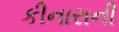
કીનારાની